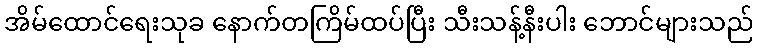
အိမ်ထောင်ရေးသုခ နောက်တကြိမ်ထပ်ပြီး သီးသန့်နီးပါး ဘောင်များသည်